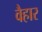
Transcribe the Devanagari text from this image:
वैहार